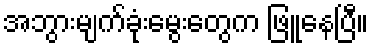
အဘွားမျက်ခုံးမွေးတွေက ဖြူနေပြီ။